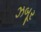
ઝબૂર